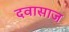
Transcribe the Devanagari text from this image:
दवासाज